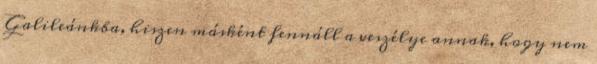
Galileánkba, hiszen másként fennáll a veszélye annak, hogy nem